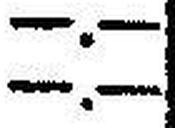
—.—